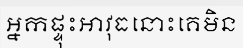
អ្នកផ្ទុះអាវុធនោះគេមិន